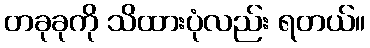
တခုခုကို သိထားပုံလည်း ရတယ်။